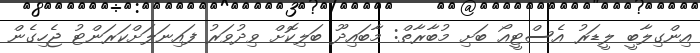
އިންގިލާބީ ލީޑަރު އެސްޓީއޯ ބަށި މުބާރާތް: މާބައިދޫ ބަލިކޮށް ވިދުވަރު ފައިނަލަށްކަރަންޓު ޖެހިގެން